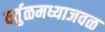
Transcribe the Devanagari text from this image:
वर्तुळमध्याजवळ